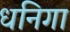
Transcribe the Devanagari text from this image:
धनिगा